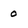
Character: 0